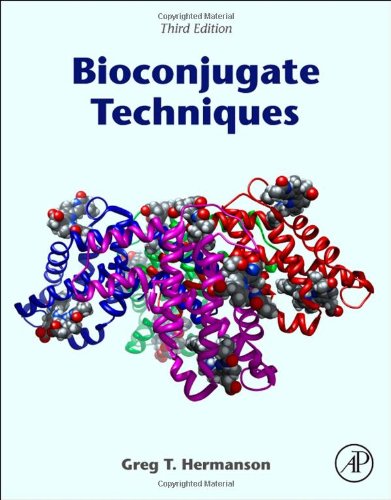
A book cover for Bioconjugate Techniques, Third Edition; Greg T. Hermanson; Medical Books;